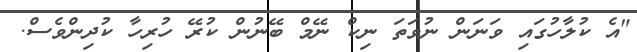
"އެ ކުލާހުގައި ވަނަން ނުވަތަ ނިކް ނޭމް ބޭނުން ކުރޭ ހުރިހާ ކުދިންވެސް.